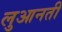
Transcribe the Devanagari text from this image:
लुआनती